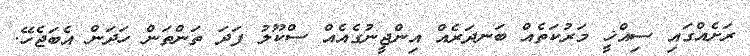
ރަށެއްގައި ސިއްޚީ މަރުކަތެއް ބަނދަރެއް އިންޖީނުގެއެއް ސްކޫލު ފަދަ ތަންތަން ހަދަން އެބަޖެހޭ.